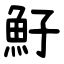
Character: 䰵